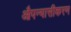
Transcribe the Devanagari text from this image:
औपन्यासीकरण